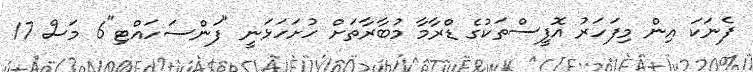
ފެނަކަ އިން މިފަހަރު އޮފީސްތަކުގެ ޑްރާމާ މުބާރާތަށް ހުށަހަޅަނީ "ފަންސަހައްޓި"6 މަސް 17